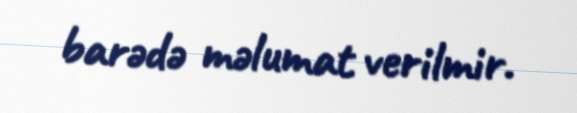
barədə məlumat verilmir.